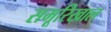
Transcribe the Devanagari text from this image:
समूरिखाल